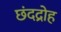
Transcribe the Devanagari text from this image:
छंदद्रोह